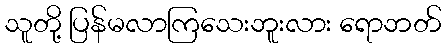
သူတို့ ပြန်မလာကြသေးဘူးလား ရောဘတ်